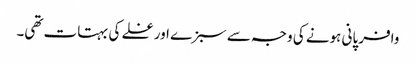
وافر پانی ہونے کی وجہ سے سبزے اور غلے کی بہتات تھی۔